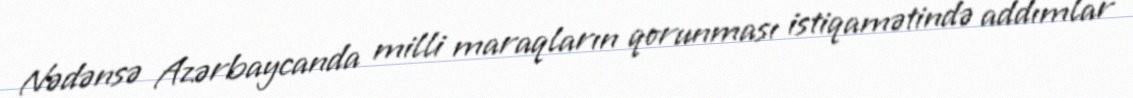
Nədənsə Azərbaycanda milli maraqların qorunması istiqamətində addımlar